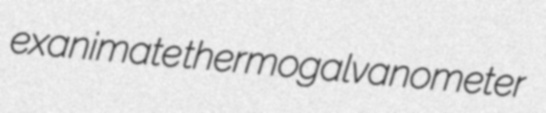
exanimate thermogalvanometer